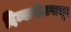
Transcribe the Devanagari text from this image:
दिव्यापीठापासून